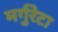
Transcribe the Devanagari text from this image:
मर्गुरेटा